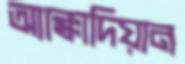
অ্যাক্কাদিয়ান